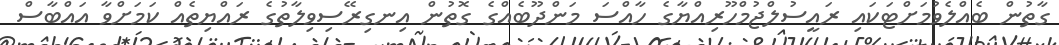
ގާތުން ބެއްލެވުމަށްޓަކައި ރައީސުލްޖުމްހޫރިއްޔާގެ ހާއްސަ މަންދޫބެއްގެ ގޮތުން އިނގިރޭސިވިލާތުގެ ރައްޔިތެއް ކަމަށްވާ އައްބާސް